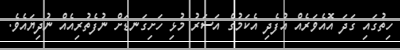
ހިތުގައި ގަދަ އޮއެވަރެއް އުފެދި އެކަމުގެ އަސަރު މުޅި ހަށިގަނޑަށް ނުފެތުރިއެއް ނުދިޔައެވެ.